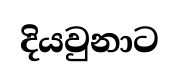
දියවුනාට